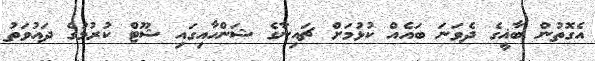
އެގޮތުން ބާޣީގެ ދެވަނަ ބައެއް ކުޅުމަށް ޗައިނާގެ ޝަންހާއިގައި ޝޫޓް ކުރުމުގެ ދައުވަތު